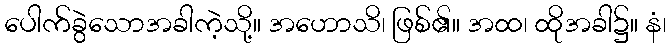
ပေါက်ခွဲသောအခါကဲ့သို့။ အဟောသိ၊ ဖြစ်၏။ အထ၊ ထိုအခါ၌။ နံ၊